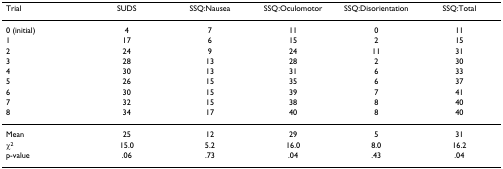
| Trial | SUDS | SSQ:Nausea | SSQ:Oculomotor | SSQ:Disorientation | SSQ:Total |
 | --- | --- | --- | --- | --- | --- |
 | 0 (initial) | 4 | 7 | 11 | 0 | 11 |
 | 1 | 17 | 6 | 15 | 2 | 15 |
 | 2 | 24 | 9 | 24 | 11 | 31 |
 | 3 | 28 | 13 | 28 | 2 | 30 |
 | 4 | 30 | 13 | 31 | 6 | 33 |
 | 5 | 26 | 15 | 35 | 6 | 37 |
 | 6 | 30 | 15 | 39 | 7 | 41 |
 | 7 | 32 | 15 | 38 | 8 | 40 |
 | 8 | 34 | 17 | 40 | 8 | 40 |
 | Mean | 25 | 12 | 29 | 5 | 31 |
 | χ2 | 15.0 | 5.2 | 16.0 | 8.0 | 16.2 |
 | p-value | .06 | .73 | .04 | .43 | .04 |